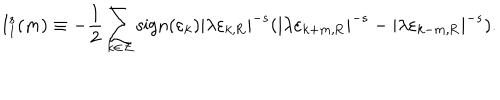
\mathrm { I } _ { 1 } ^ { s } ( m ) \equiv - \frac { 1 } { 2 } \sum _ { k \in \cal Z } \mathrm { s i g n } ( \varepsilon _ { k } ) | \lambda \varepsilon _ { k , \mathrm { R } } | ^ { - s } ( | \lambda \varepsilon _ { k + m , \mathrm { R } } | ^ { - s } - | \lambda \varepsilon _ { k - m , \mathrm { R } } | ^ { - s } ) .